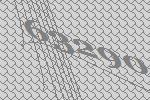
63290